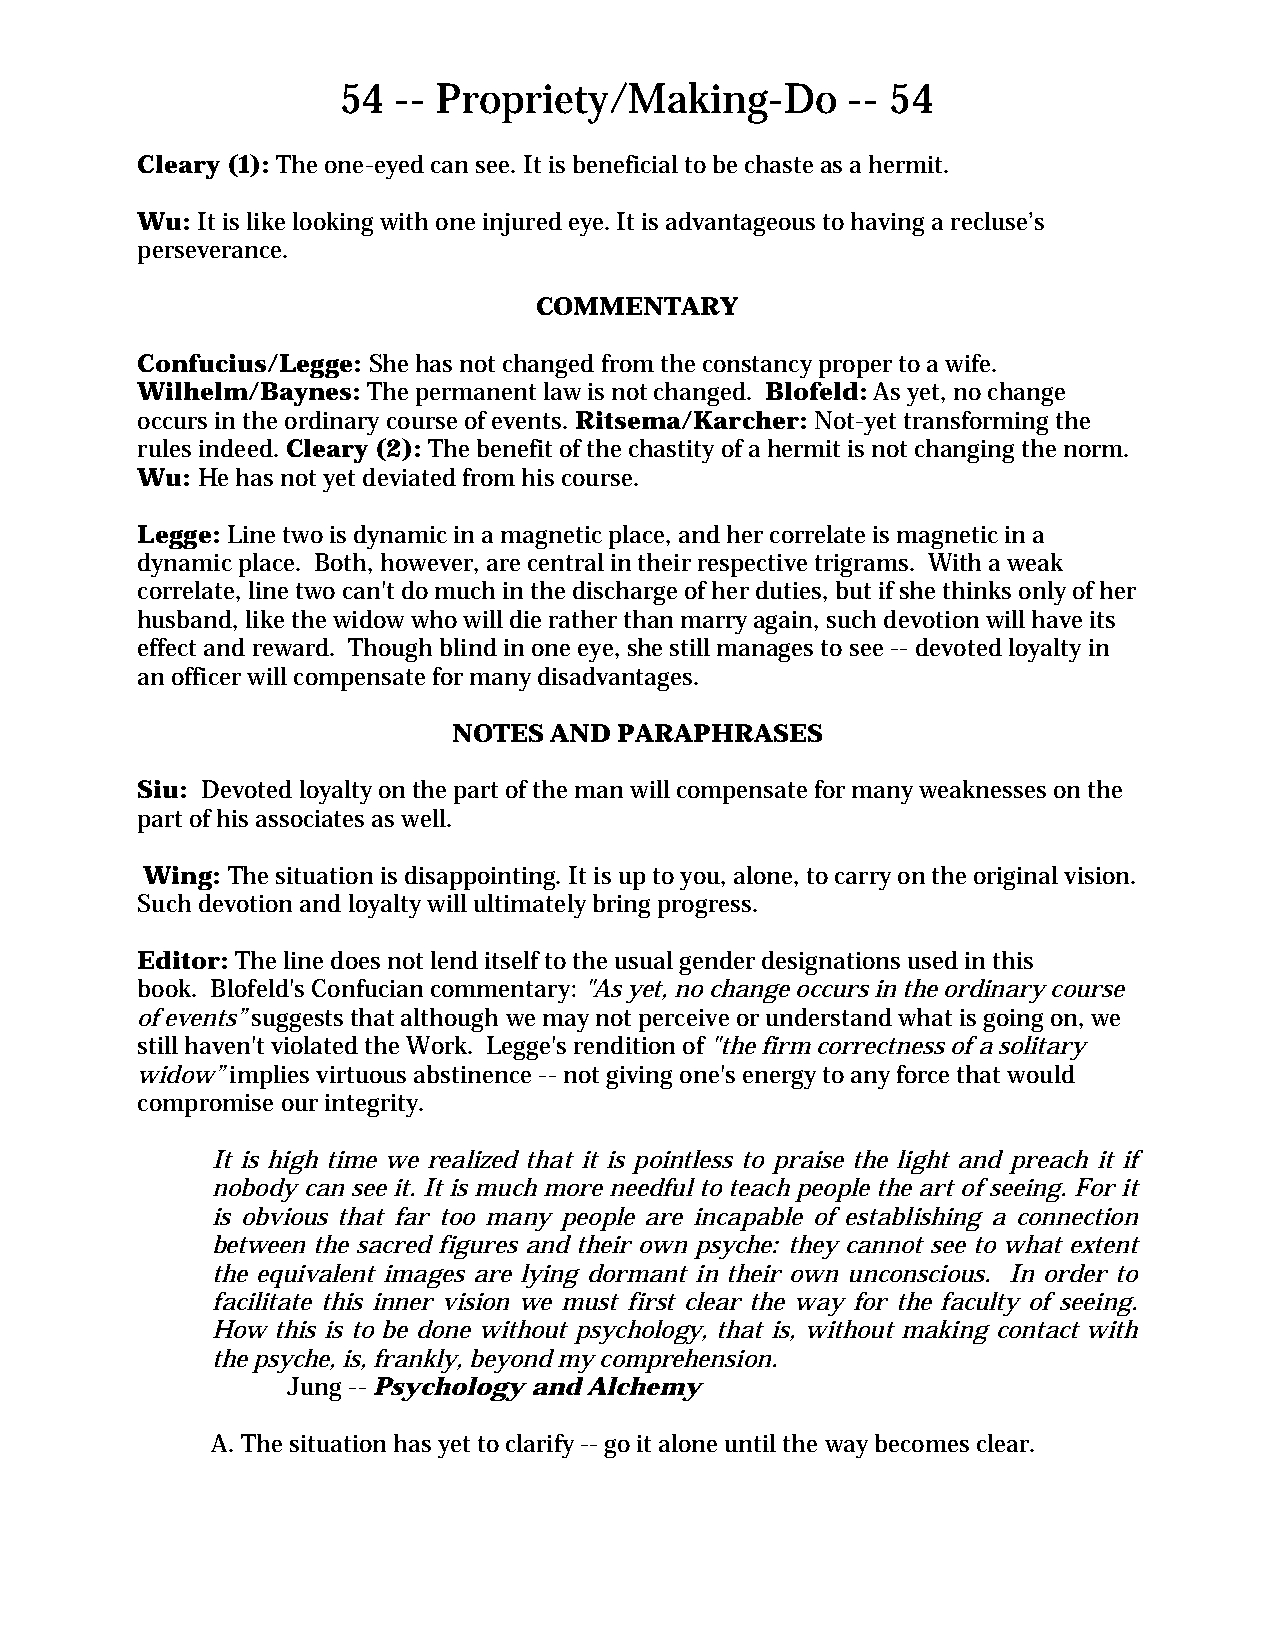
54  -- Propriety/Making-Do        -- 54
 Cleary (1): The one-eyed can see. It is beneficial to be chaste as a hermit.
 Wu: It is like looking with one injured eye. It is advantageous to having a recluse’s
 perseverance.
 COMMENTARY
 Confucius/Legge: She has not changed from the constancy proper to a wife.
 Wilhelm/Baynes: The permanent law is not changed. Blofeld: As yet, no change
 occurs in the ordinary course of events. Ritsema/Karcher: Not-yet transforming the
 rules indeed. Cleary (2): The benefit of the chastity of a hermit is not changing the norm.
 Wu: He has not yet deviated from his course.
 Legge: Line two is dynamic in a magnetic place, and her correlate is magnetic in a
 dynamic place. Both, however, are central in their respective trigrams. With a weak
 correlate, line two can't do much in the discharge of her duties, but if she thinks only of her
 husband, like the widow who will die rather than marry again, such devotion will have its
 effect and reward. Though blind in one eye, she still manages to see -- devoted loyalty in
 an officer will compensate for many disadvantages.
 NOTES AND  PARAPHRASES
 Siu: Devoted loyalty on the part of the man will compensate for many weaknesses on the
 part of his associates as well.
 Wing: The situation is disappointing. It is up to you, alone, to carry on the original vision.
 Such devotion and loyalty will ultimately bring progress.
 Editor: The line does not lend itself to the usual gender designations used in this
 book. Blofeld's Confucian commentary: "As yet, no change occurs in the ordinary course
 of events” suggests that although we may not perceive or understand what is going on, we
 still haven't violated the Work. Legge's rendition of "the firm correctness of a solitary
 widow” implies virtuous abstinence -- not giving one's energy to any force that would
 compromise our integrity.
 It is high time we realized that it is pointless to praise the light and preach it if
 nobody can see it. It is much more needful to teach people the art of seeing. For it
 is obvious that far too many people are incapable of establishing a connection
 between the sacred figures and their own psyche: they cannot see to what extent
 the equivalent images are lying dormant in their own unconscious. In order to
 facilitate this inner vision we must first clear the way for the faculty of seeing.
 How this is to be done without psychology, that is, without making contact with
 the psyche, is, frankly, beyond my comprehension.
 Jung -- Psychology and Alchemy
 A. The situation has yet to clarify -- go it alone until the way becomes clear.